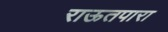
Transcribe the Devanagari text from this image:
राऊतपारा